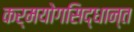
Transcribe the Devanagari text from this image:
कर्मयोगसिद्धान्त